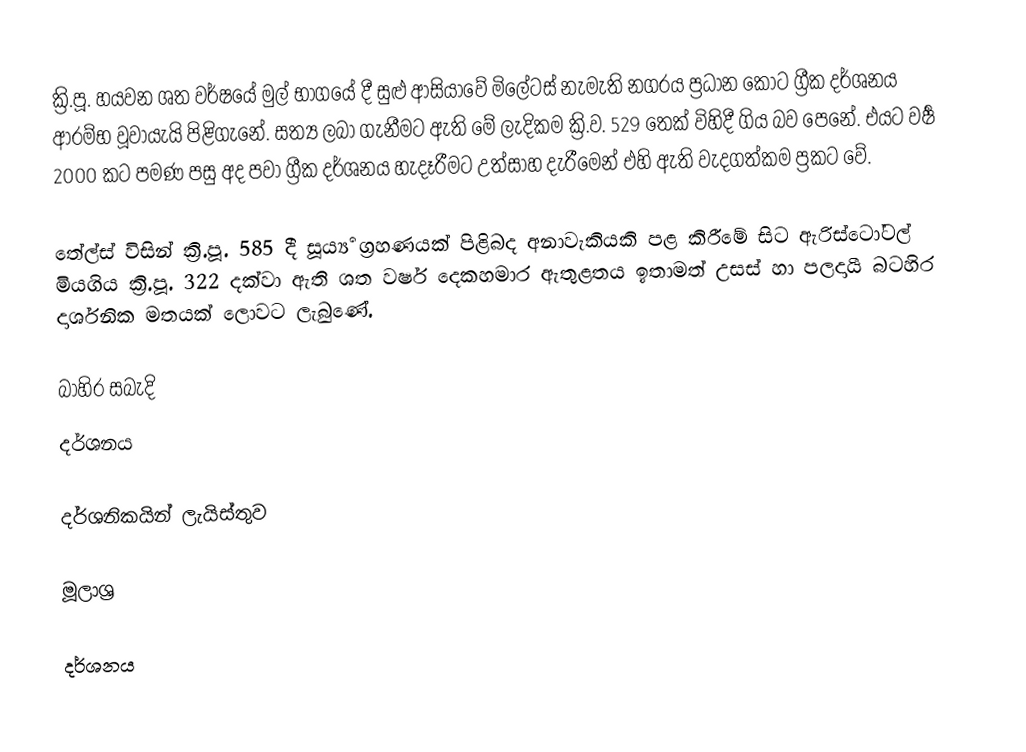
ක්‍රි.පූ. හයවන ශත වර්ෂයේ මුල් භාගයේ දී සුළු ආසියාවේ මිලේටස් නැමැති නගරය ප්‍රධාන කොට ග්‍රීක දර්ශනය ආරම්භ වූවායැයි පිළිගැනේ. සත්‍ය ලබා ගැනීමට ඇති මේ ලැදිකම ක්‍රි.ව. 529 තෙක් විහිදී ගිය බව පෙනේ. එයට වර්‍ෂ 2000 කට පමණ පසු අද පවා ග්‍රීක දර්ශනය හැදෑරීමට උත්සාහ දැරීමෙන් එහි ඇති වැදගත්කම ප්‍රකට වේ.

තේල්ස් විසින් ක්‍රි.පූ. 585 දී සූර්‍ය්‍ය ග්‍රහණයක් පිළිබද අනාවැකියකි පළ කිරීමේ සිට ඇරිස්ටෝටල් මියගිය ක්‍රි.පූ. 322 දක්වා ඇති ශත වර්ෂ දෙකහමාර ඇතුළතය ඉතාමත් උසස් හා පලදායී බටහිර දාර්ශනික මතයක් ලොවට ලැබුණේ.

බාහිර සබැදි
දර්ශනය

දර්ශනිකයින් ලැයිස්තුව

මූලාශ්‍ර

දර්ශනය